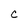
Character: C